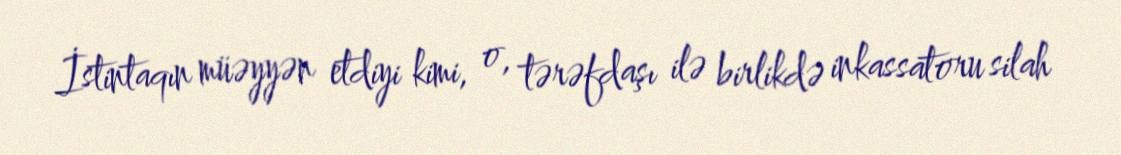
İstintaqın müəyyən etdiyi kimi, o, tərəfdaşı ilə birlikdə inkassatoru silah